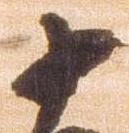
十